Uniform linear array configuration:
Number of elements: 32
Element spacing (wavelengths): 1
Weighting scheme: cosine
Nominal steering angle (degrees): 60
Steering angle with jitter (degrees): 58.661
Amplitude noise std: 0.05
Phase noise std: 0.05

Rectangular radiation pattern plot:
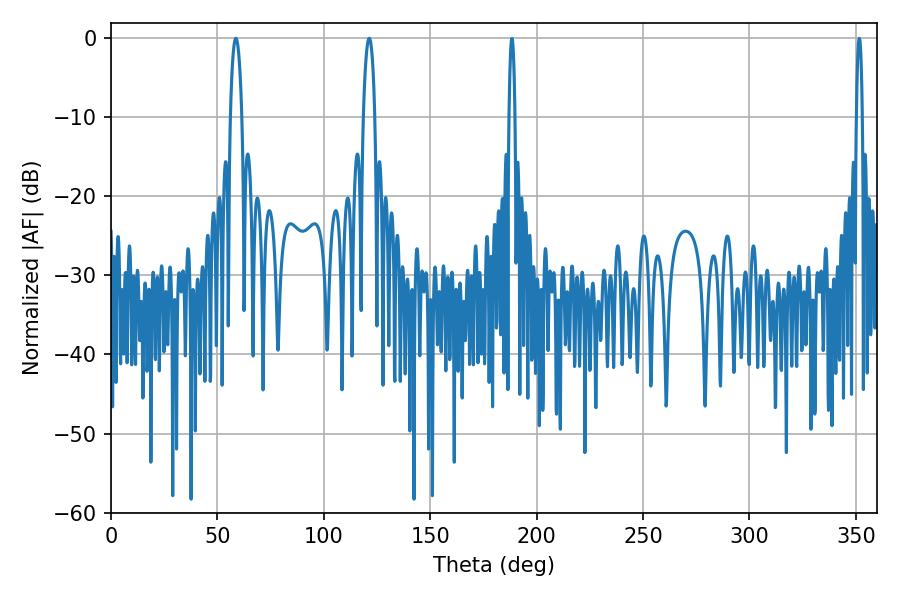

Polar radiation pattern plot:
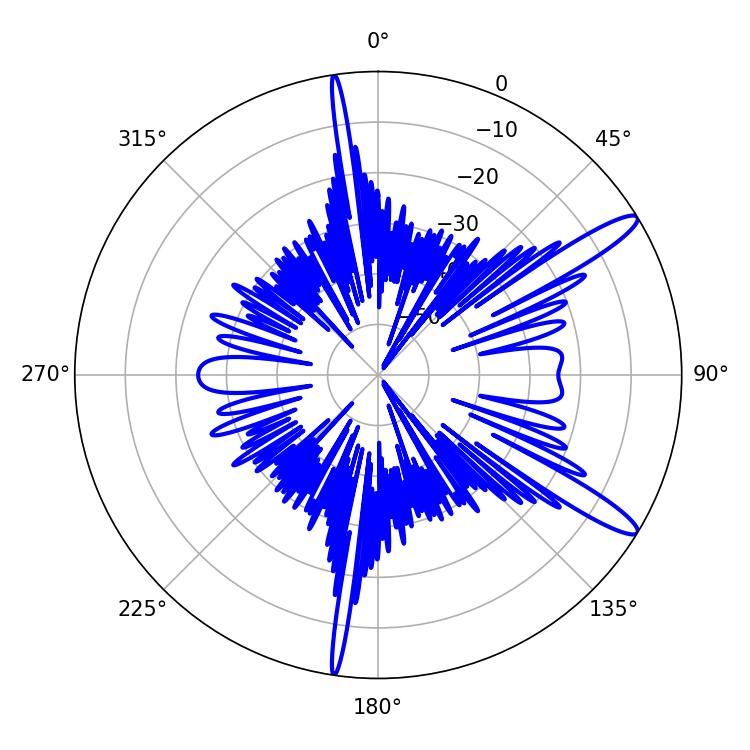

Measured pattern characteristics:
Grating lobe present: TRUE
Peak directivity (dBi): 13.291
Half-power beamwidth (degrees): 3.06
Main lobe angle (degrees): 58.68